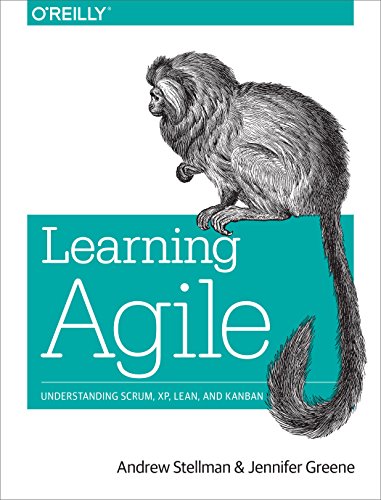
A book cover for Learning Agile: Understanding Scrum, XP, Lean, and Kanban; Andrew Stellman; Computers & Technology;